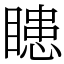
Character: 瞣